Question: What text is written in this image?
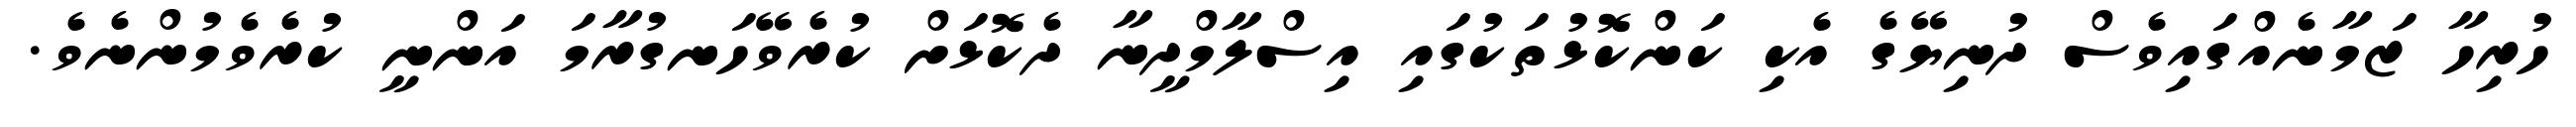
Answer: ހުރިހާ ޒަމާނެއްގައިވެސް ދުނިޔޭގެ އެކި ކަންކޮޅުތަކުގައި އިސްލާމްދީނާ ދެކޮޅަށް ކުރެވޭހަނގުރާމަ އަންނީ ކުރެވެމުންނެވެ.